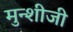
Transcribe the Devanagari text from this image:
मुन्शीजी